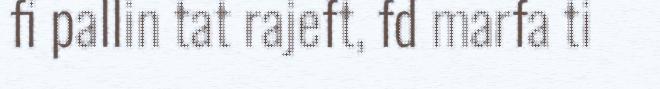
fi pallin tat rajeft, fd marfa ti